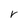
Character: V